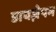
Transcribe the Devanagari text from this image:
डायज़ेपम